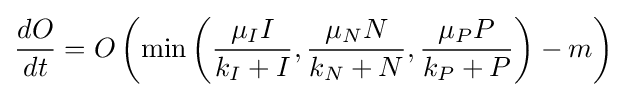
{\frac {dO}{dt}}=O\left(\min \left({\frac {\mu _{I}I}{k_{I}+I}},{\frac {\mu _{N}N}{k_{N}+N}},{\frac {\mu _{P}P}{k_{P}+P}}\right)-m\right)